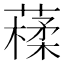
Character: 𦽩